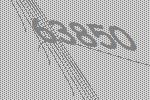
63850